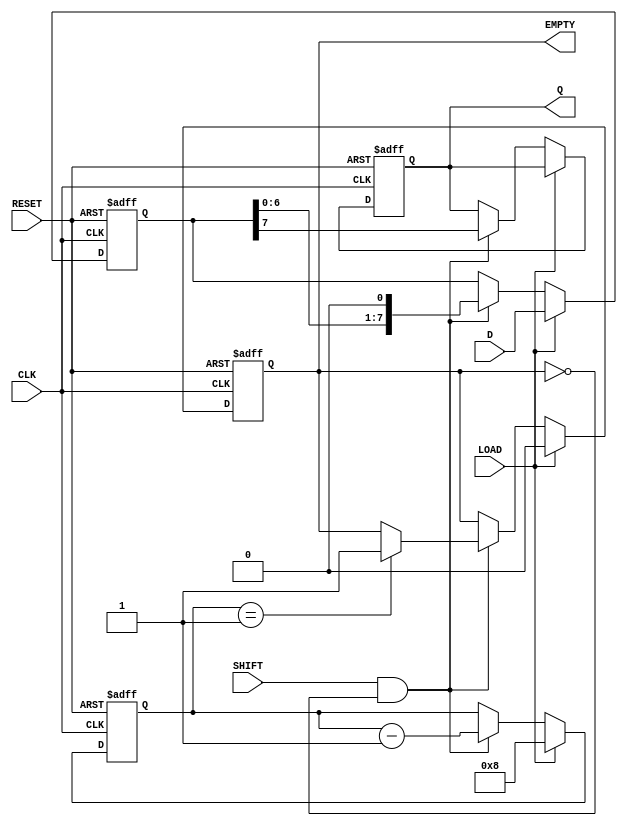
module PISO_Register #(
    parameter WIDTH = 8  // Width of data input (number of bits)
)(
    input wire [WIDTH-1:0] D,         // Parallel data input
    input wire CLK,                    // Clock input
    input wire LOAD,                   // Load signal
    input wire SHIFT,                  // Shift signal
    input wire RESET,                  // Asynchronous reset
    output reg Q,                      // Serial data output
    output reg EMPTY                   // Status signal indicating if the register is empty
);

    reg [WIDTH-1:0] shift_reg;        // Shift register to store the parallel data
    reg [3:0] counter;                 // To track the number of shifted bits

    // Asynchronous reset and loading data
    always @(posedge CLK or posedge RESET) begin
        if (RESET) begin
            shift_reg <= {WIDTH{1'b0}}; // Clear the register
            Q <= 1'b1;                 // Set Q to high-impedance (or appropriate state)
            EMPTY <= 1'b1;             // Register is empty
            counter <= 0;               // Reset counter
        end
        else if (LOAD) begin
            shift_reg <= D;             // Load parallel data into the shift register
            EMPTY <= 1'b0;              // Register is no longer empty
            counter <= WIDTH;           // Reset counter to number of bits
        end
        else if (SHIFT && !EMPTY) begin
            Q <= shift_reg[WIDTH-1];    // Output the MSB
            shift_reg <= {shift_reg[WIDTH-2:0], 1'b0}; // Shift left
            counter <= counter - 1;      // Decrement counter
            if (counter == 1) begin      // If we are about to shift the last bit
                EMPTY <= 1'b1;          // Register becomes empty
            end
        end
    end

endmodule